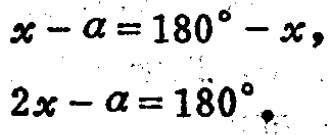
\[
\begin{align*}
x - \alpha&=180^{\circ}-x,\\
2x - \alpha&=180^{\circ}.
\end{align*}
\]